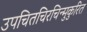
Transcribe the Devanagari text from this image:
उपचितचिरचिन्मुकुरित